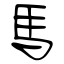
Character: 馬